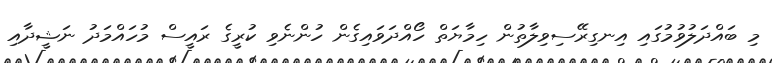
މި ބައްދަލުވުމުގައި އިނގިރޭސިވިލާތުން ހިމާޔަތް ހޯއްދަވައިގެން ހުންނެވި ކުރީގެ ރައީސް މުހައްމަދު ނަޝީދާއި